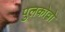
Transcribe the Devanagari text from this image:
पुलकोवो